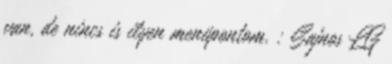
van, de nincs is ilyen menüpontom. : Sajnos LG